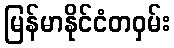
မြန်မာနိုင်ငံတဝှမ်း